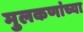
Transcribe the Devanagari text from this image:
मुलकणांच्या